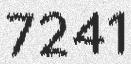
7241